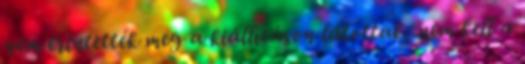
nem érintették meg a kiállításon látottak, nem kell a